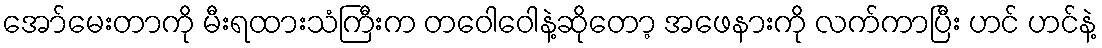
အော်မေးတာကို မီးရထားသံကြီးက တဝေါဝေါနဲ့ဆိုတော့ အဖေနားကို လက်ကာပြီး ဟင် ဟင်နဲ့